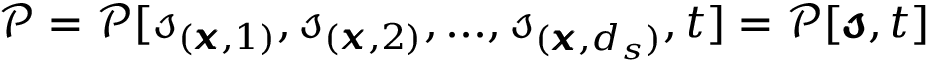
\begin{array} { r } { \mathcal { P } = \mathcal { P } [ \mathscr { s } _ { ( \pmb { x } , 1 ) } , \mathscr { s } _ { ( \pmb { x } , 2 ) } , . . . , \mathscr { s } _ { ( \pmb { x } , d _ { s } ) } , t ] = \mathcal { P } [ \pmb { \mathscr { s } } , t ] } \end{array}